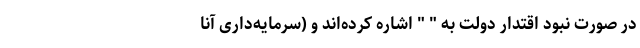
در صورت نبود اقتدار دولت به " " اشاره کرده‌اند و (سرمایه‌داری آنا